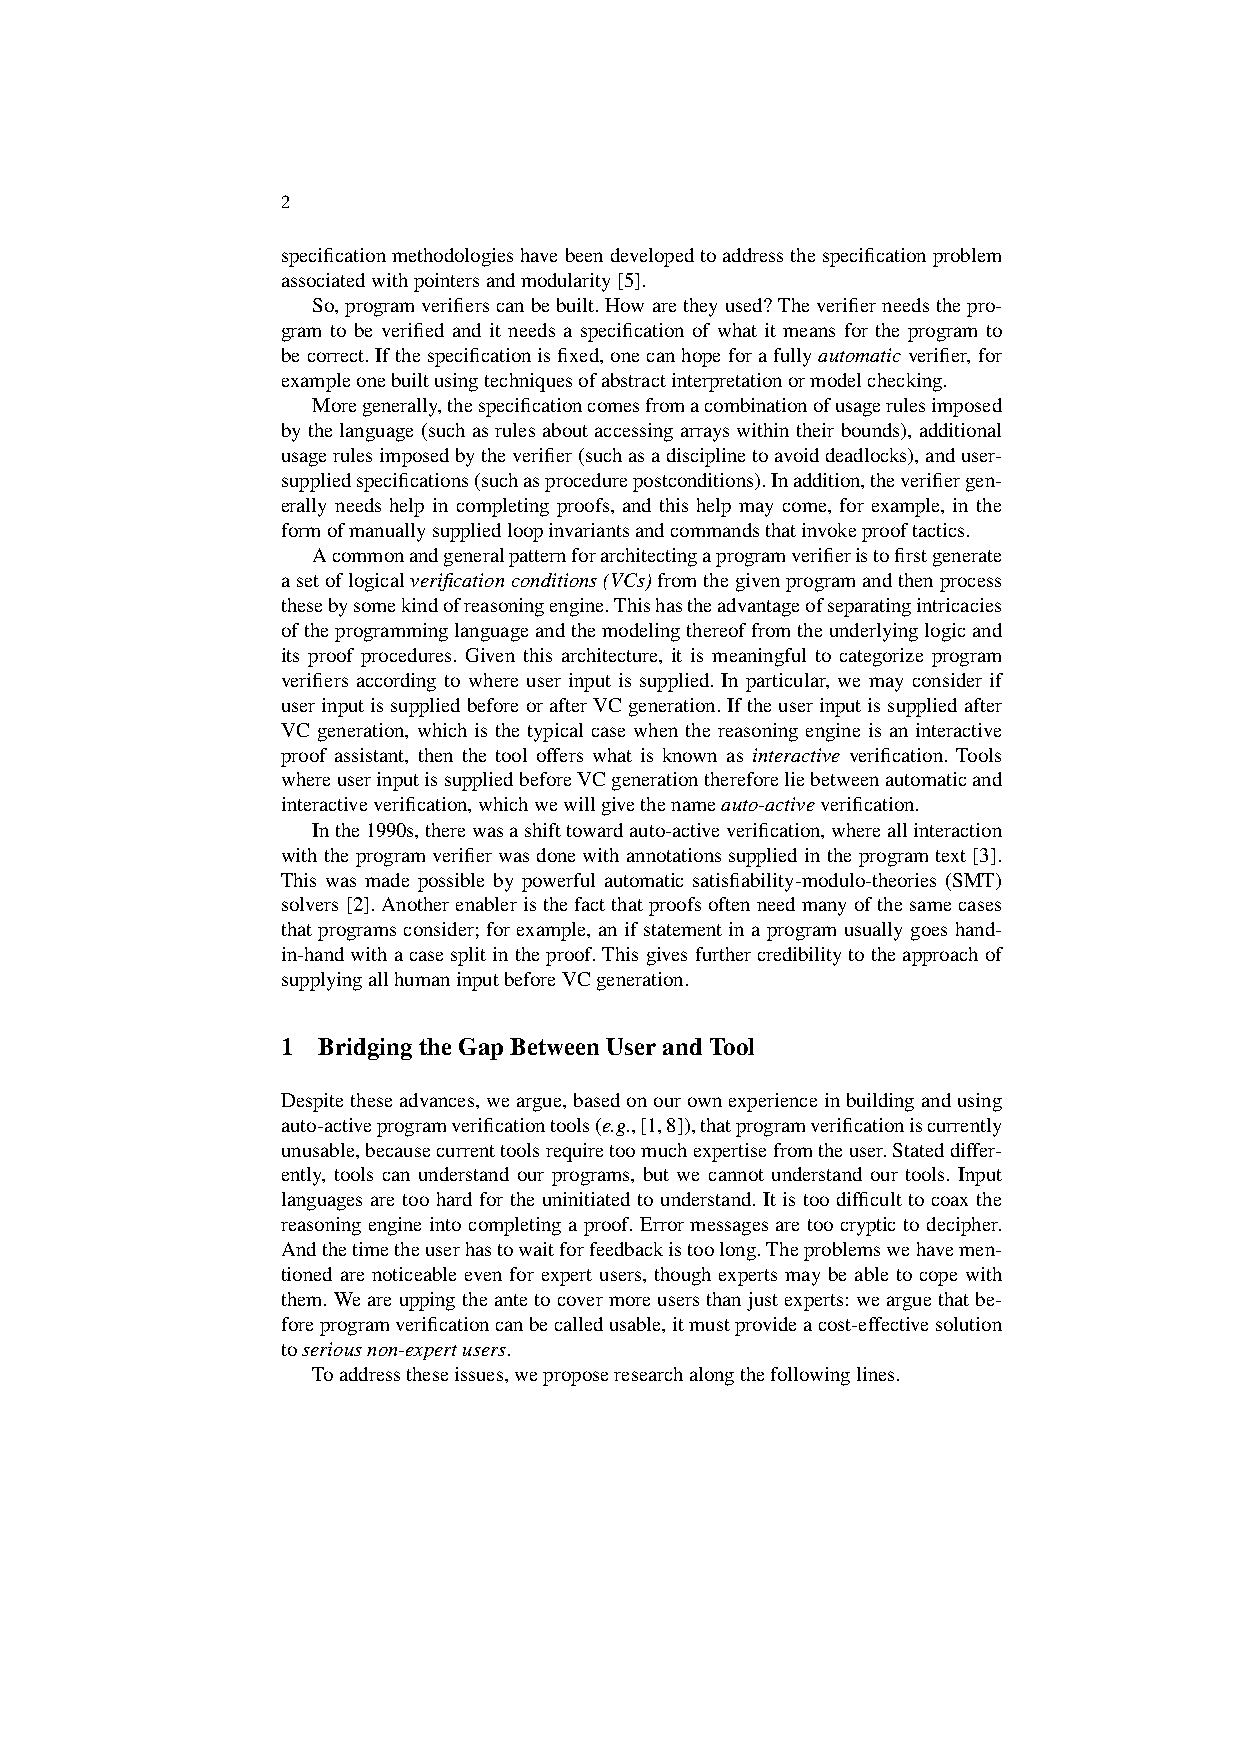
2
 specificationmethodologieshavebeendevelopedtoaddressthespecificationproblem
 associatedwithpointersandmodularity[5].
 So,programverifierscanbebuilt.Howaretheyused?Theverifierneedsthepro-
 gram to be verified and it needs a specification of what it means for the program to
 becorrect.Ifthespecificationisfixed,onecanhopeforafullyautomaticverifier,for
 exampleonebuiltusingtechniquesofabstractinterpretationormodelchecking.
 Moregenerally,thespecificationcomesfromacombinationofusagerulesimposed
 bythelanguage(suchasrulesaboutaccessingarrayswithintheirbounds),additional
 usagerulesimposedbytheverifier(suchasadisciplinetoavoiddeadlocks),anduser-
 suppliedspecifications(suchasprocedurepostconditions).Inaddition,theverifiergen-
 erally needs help in completing proofs, and this help may come, for example, in the
 formofmanuallysuppliedloopinvariantsandcommandsthatinvokeprooftactics.
 Acommonandgeneralpatternforarchitectingaprogramverifieristofirstgenerate
 asetoflogicalverificationconditions(VCs)fromthegivenprogramandthenprocess
 thesebysomekindofreasoningengine.Thishastheadvantageofseparatingintricacies
 oftheprogramminglanguageandthemodelingthereoffromtheunderlyinglogicand
 its proof procedures. Given this architecture, it is meaningful to categorize program
 verifiers according to where user input is supplied. In particular, we may consider if
 userinputissuppliedbeforeorafterVCgeneration.Iftheuserinputissuppliedafter
 VC generation, which is the typical case when the reasoning engine is an interactive
 proof assistant, then the tool offers what is known as interactive verification. Tools
 whereuserinputissuppliedbeforeVCgenerationthereforeliebetweenautomaticand
 interactiveverification,whichwewillgivethenameauto-activeverification.
 Inthe1990s,therewasashifttowardauto-activeverification,whereallinteraction
 withtheprogramverifierwasdonewithannotationssuppliedintheprogramtext[3].
 This was made possible by powerful automatic satisfiability-modulo-theories (SMT)
 solvers[2].Anotherenableristhefactthatproofsoftenneedmanyofthesamecases
 that programs consider; for example, an if statement in a program usually goes hand-
 in-handwithacasesplitintheproof.Thisgivesfurthercredibilitytotheapproachof
 supplyingallhumaninputbeforeVCgeneration.
 1 BridgingtheGapBetweenUserandTool
 Despitetheseadvances,weargue,basedonourownexperienceinbuildingandusing
 auto-activeprogramverificationtools(e.g.,[1,8]),thatprogramverificationiscurrently
 unusable,becausecurrenttoolsrequiretoomuchexpertisefromtheuser.Stateddiffer-
 ently, tools can understand our programs, but we cannot understand our tools. Input
 languages are too hard for the uninitiated to understand. It is too difficult to coax the
 reasoning engine into completing a proof. Error messages are too cryptic to decipher.
 Andthetimetheuserhastowaitforfeedbackistoolong.Theproblemswehavemen-
 tioned are noticeable even for expert users, though experts may be able to cope with
 them.Weareuppingtheantetocovermoreusersthanjustexperts:wearguethatbe-
 foreprogramverificationcanbecalledusable,itmustprovideacost-effectivesolution
 toseriousnon-expertusers.
 Toaddresstheseissues,weproposeresearchalongthefollowinglines.